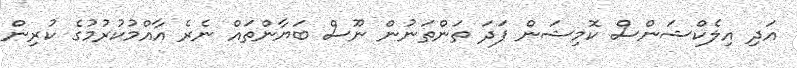
އަދި އިލެކްޝަންސް ކޮމިޝަން ފަދަ ތަންތަނުން ނޫސް ބަޔާންތައް ނެރެ އާއްމުކުރުމުގެ ކުރިން